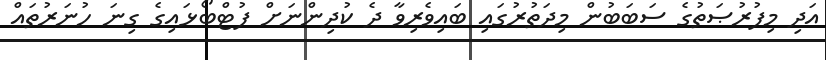
އަދި މިފުރުޞަތުގެ ސަބަބުން މިދަތުރުގައި ބައިވެރިވާ ދެ ކުދިންނަށް ފުޓްބޯޅައިގެ ގިނަ ހުނަރުތައް